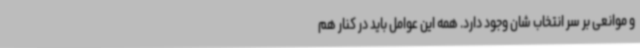
و موانعی بر سر انتخاب شان وجود دارد. همه این عوامل باید در کنار هم